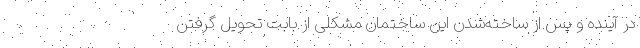
در آینده و پس از ساخته‌شدن این ساختمان مشکلی از بابت تحویل گرفتن